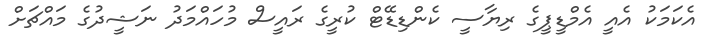
އެކަމަކު އެއީ އެމްޑީޕީގެ ރިޔާސީ ކެންޑިޑޭޓް ކުރީގެ ރައީސް މުހައްމަދު ނަޝީދުގެ މައްޗަށް